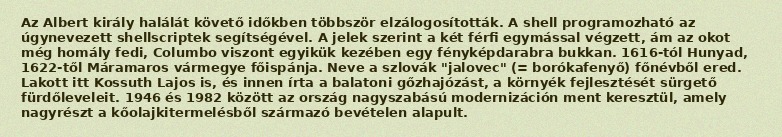
Az Albert király halálát követő időkben többször elzálogosították. A shell programozható az úgynevezett shellscriptek segítségével. A jelek szerint a két férfi egymással végzett, ám az okot még homály fedi, Columbo viszont egyikük kezében egy fényképdarabra bukkan. 1616-tól Hunyad, 1622-től Máramaros vármegye főispánja. Neve a szlovák "jalovec" (= borókafenyő) főnévből ered. Lakott itt Kossuth Lajos is, és innen írta a balatoni gőzhajózást, a környék fejlesztését sürgető fürdőleveleit. 1946 és 1982 között az ország nagyszabású modernizáción ment keresztül, amely nagyrészt a kőolajkitermelésből származó bevételen alapult.